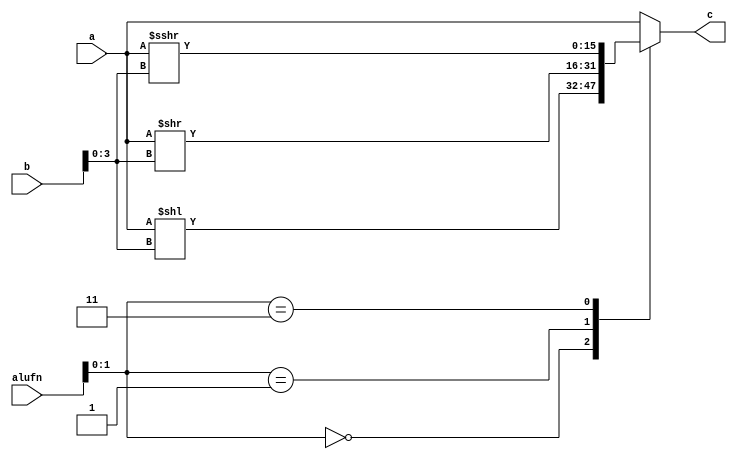
module bitshifter_12 (
    input [5:0] alufn,
    input [15:0] a,
    input [15:0] b,
    output reg [15:0] c
  );
  
  
  
  always @* begin
    
    case (alufn[0+1-:2])
      2'h0: begin
        c = a << b[0+3-:4];
      end
      2'h1: begin
        c = a >> b[0+3-:4];
      end
      2'h3: begin
        c = $signed(a) >>> b[0+3-:4];
      end
      default: begin
        c = a;
      end
    endcase
  end
endmodule